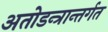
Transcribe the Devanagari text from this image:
अतोडन्त्रान्तर्गत